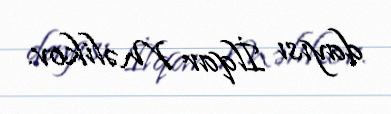
dayısı İlqar Məlikov.